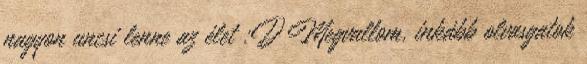
nagyon uncsi lenne az élet :D Megvallom, inkább olvasgatok